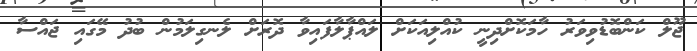
ޖޫލް ކަންބޮޑުވިވަރު ހާމަކޮށްދިނީ ކުއްލިއަކަށް ލައްޕާލާފައިވާ ދޮރަށް ލެނގިލަމުން ބުދު މޭގައި ޖައްސާ